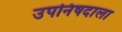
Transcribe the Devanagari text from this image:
उपनिषदाला